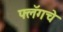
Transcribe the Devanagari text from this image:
फ्लॅगचे